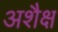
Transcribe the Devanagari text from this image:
अशैक्ष